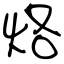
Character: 烙